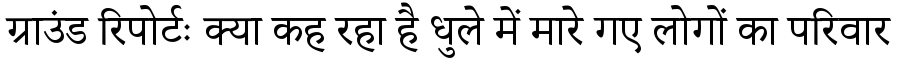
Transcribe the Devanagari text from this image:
ग्राउंड रिपोर्टः क्या कह रहा है धुले में मारे गए लोगों का परिवार